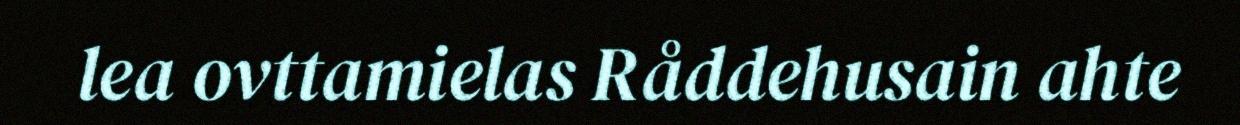
lea ovttamielas Råddehusain ahte